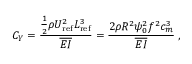
C _ { Y } = \frac { \frac { 1 } { 2 } \rho U _ { \mathrm { r e f } } ^ { 2 } L _ { \mathrm { r e f } } ^ { 3 } } { \overline { { E I } } } = \frac { 2 \rho R ^ { 2 } \psi _ { 0 } ^ { 2 } f ^ { 2 } c _ { m } ^ { 3 } } { \overline { { E I } } } \; ,